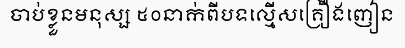
ចាប់ខ្លួនមនុស្ស ៥០នាក់ពីបទល្មើសគ្រឿងញៀន